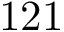
1 2 1